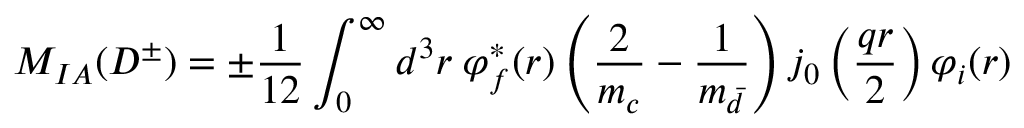
{ \cal M } _ { I A } ( D ^ { \pm } ) = \pm \frac { 1 } { 1 2 } \int _ { 0 } ^ { \infty } d ^ { 3 } r \: \varphi _ { f } ^ { * } ( r ) \left( \frac { 2 } { m _ { c } } - \frac { 1 } { m _ { \bar { d } } } \right) j _ { 0 } \left( \frac { q r } { 2 } \right) \varphi _ { i } ( r )